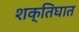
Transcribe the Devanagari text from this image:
शक्तिघात